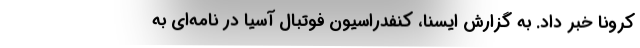
کرونا خبر داد. به گزارش ایسنا، کنفدراسیون فوتبال آسیا در نامه‌ای به